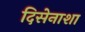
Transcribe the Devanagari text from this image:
दिसेनाशा